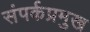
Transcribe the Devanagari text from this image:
संपर्कप्रमुख